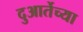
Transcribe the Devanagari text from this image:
दुआर्तेच्या